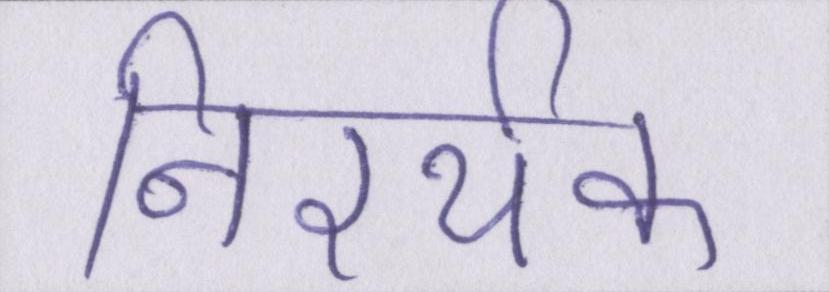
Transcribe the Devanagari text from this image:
निरर्थक